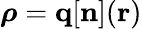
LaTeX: {\boldsymbol\rho}={\mathbf q}[{\mathbf n}]({\mathbf r})